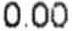
0.00